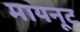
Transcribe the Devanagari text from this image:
मायनूट